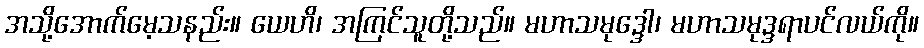
အသို့အောက်မေ့သနည်း။ ယေဟိ၊ အကြင်သူတို့သည်။ မဟာသမုဒ္ဒေါ၊ မဟာသမုဒ္ဒရာပင်လယ်ကို။